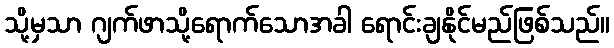
သို့မှသာ ဂျက်ဖာသို့ရောက်သောအခါ ရောင်းချနိုင်မည်ဖြစ်သည်။